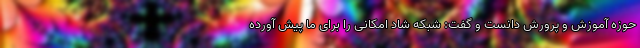
حوزه آموزش و پرورش دانست و گفت: شبکه شاد امکانی را برای ما پیش آورده